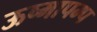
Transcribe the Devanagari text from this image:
ऊष्मापम्प